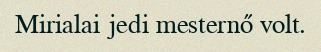
Mirialai jedi mesternő volt.